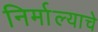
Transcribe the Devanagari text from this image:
निर्माल्याचे